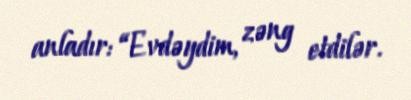
anladır: “Evdəydim, zəng etdilər.